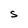
Character: S